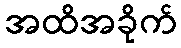
အထိအခိုက်